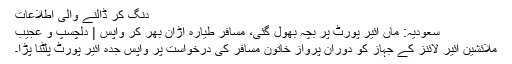
دنگ کر ڈالنے والی اطلاعات
سعودیہ: ماں ائیر پورٹ پر بچہ بھول گئی، مسافر طیارہ اڑان بھر کر واپس | دلچسپ و عجیب
ملائشین ائیر لائنز کے جہاز کو دوران پرواز خاتون مسافر کی درخواست پر واپس جدہ ائیر پورٹ پلٹنا پڑا۔